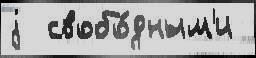
j  свобо́дным'и